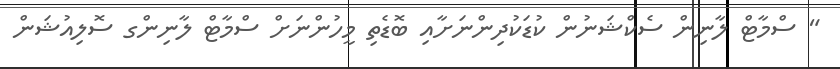
" ސްމާޓް ލާނިން ސެކްޝަނުން ކުޑަކުދިންނަށާއި ބޮޑެތި މީހުންނަށް ސްމާޓް ލާނިންގ ސޮލިއުޝަން